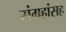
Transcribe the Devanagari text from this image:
संग्रहांसह